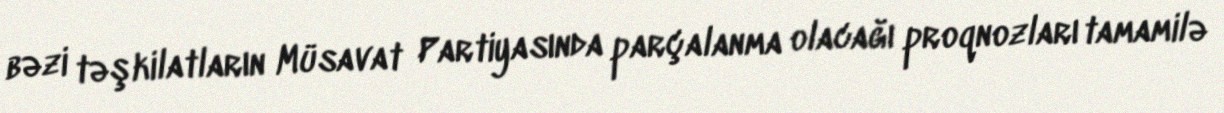
bəzi təşkilatların Müsavat Partiyasında parçalanma olacağı proqnozları tamamilə